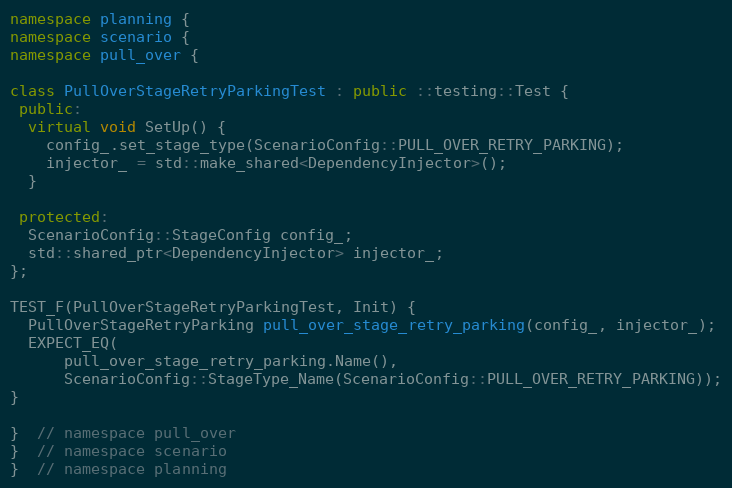
Language: C++
namespace planning {
namespace scenario {
namespace pull_over {

class PullOverStageRetryParkingTest : public ::testing::Test {
 public:
  virtual void SetUp() {
    config_.set_stage_type(ScenarioConfig::PULL_OVER_RETRY_PARKING);
    injector_ = std::make_shared<DependencyInjector>();
  }

 protected:
  ScenarioConfig::StageConfig config_;
  std::shared_ptr<DependencyInjector> injector_;
};

TEST_F(PullOverStageRetryParkingTest, Init) {
  PullOverStageRetryParking pull_over_stage_retry_parking(config_, injector_);
  EXPECT_EQ(
      pull_over_stage_retry_parking.Name(),
      ScenarioConfig::StageType_Name(ScenarioConfig::PULL_OVER_RETRY_PARKING));
}

}  // namespace pull_over
}  // namespace scenario
}  // namespace planning